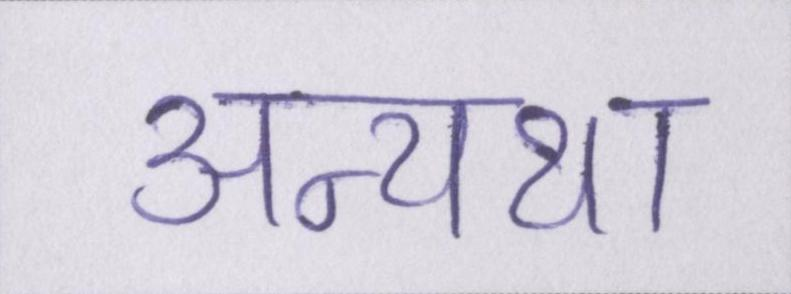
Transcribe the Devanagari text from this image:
अन्यथा